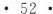
· 52 ·